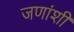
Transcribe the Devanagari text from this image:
जणांशी